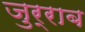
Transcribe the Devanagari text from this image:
जुर्राब